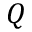
Q